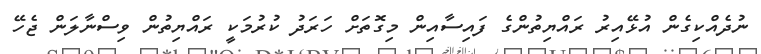
ނުދެއްކިގެން އުޅޭއިރު ރައްޔިތުންގެ ފައިސާއިން މިގޮތަށް ހަރަދު ކުރުމަކީ ރައްޔިތުން ވިސްނާލަން ޖެހޭ